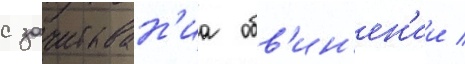
с зачитыван'иа обв'ин'ен'ии /